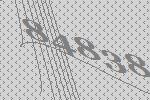
84838